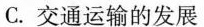
C.交通运输的发展